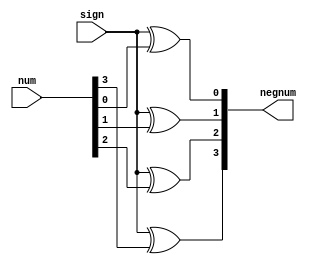
module negadorfourbits(
    input wire [3:0]num,
    input wire sign,
    output wire [3:0]negnum
);

assign negnum[0] = sign ^ num[0];
assign negnum[1] = sign ^ num[1];
assign negnum[2] = sign ^ num[2];
assign negnum[3] = sign ^ num[3];

endmodule